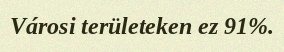
Városi területeken ez 91%.